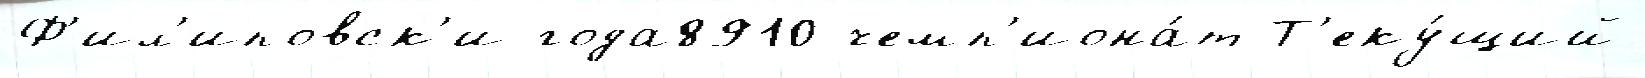
Ф'ил'иповск'и года8910 чемп'иона́т Т'еку́щий